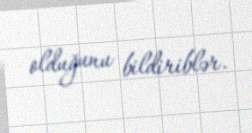
olduğunu bildiriblər.